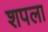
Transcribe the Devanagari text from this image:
शपला